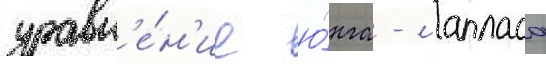
уравн'е́н'ие ю́нга - лапласа